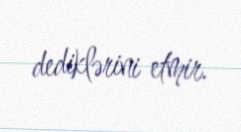
dediklərini etmir.